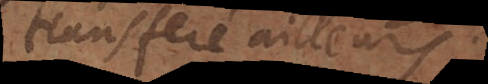
transferé ailleurs.